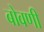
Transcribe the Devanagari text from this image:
बोवणी